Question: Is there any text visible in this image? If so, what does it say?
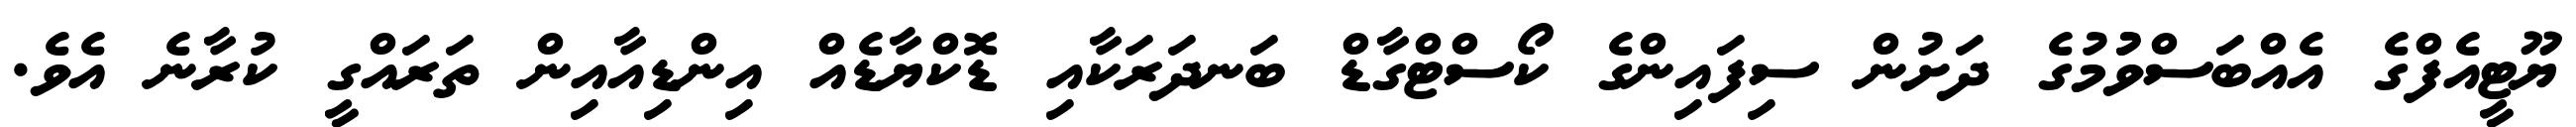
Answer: ޔޫޓީއެފްގެ އެއްބަސްވުުމުގެ ދަށުން ސިފައިންގެ ކޯސްޓްގާޑް ބަނދަރަކާއި ޑޮކްޔާޑެއް އިންޑިއާއިން ތަރައްގީ ކުރާނެ އެވެ.